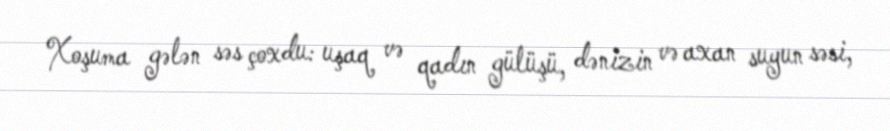
Xoşuma gələn səs çoxdu: uşaq və qadın gülüşü, dənizin və axan suyun səsi,